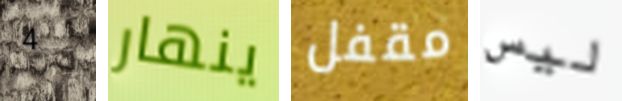
4 ينهار مقفل ليس